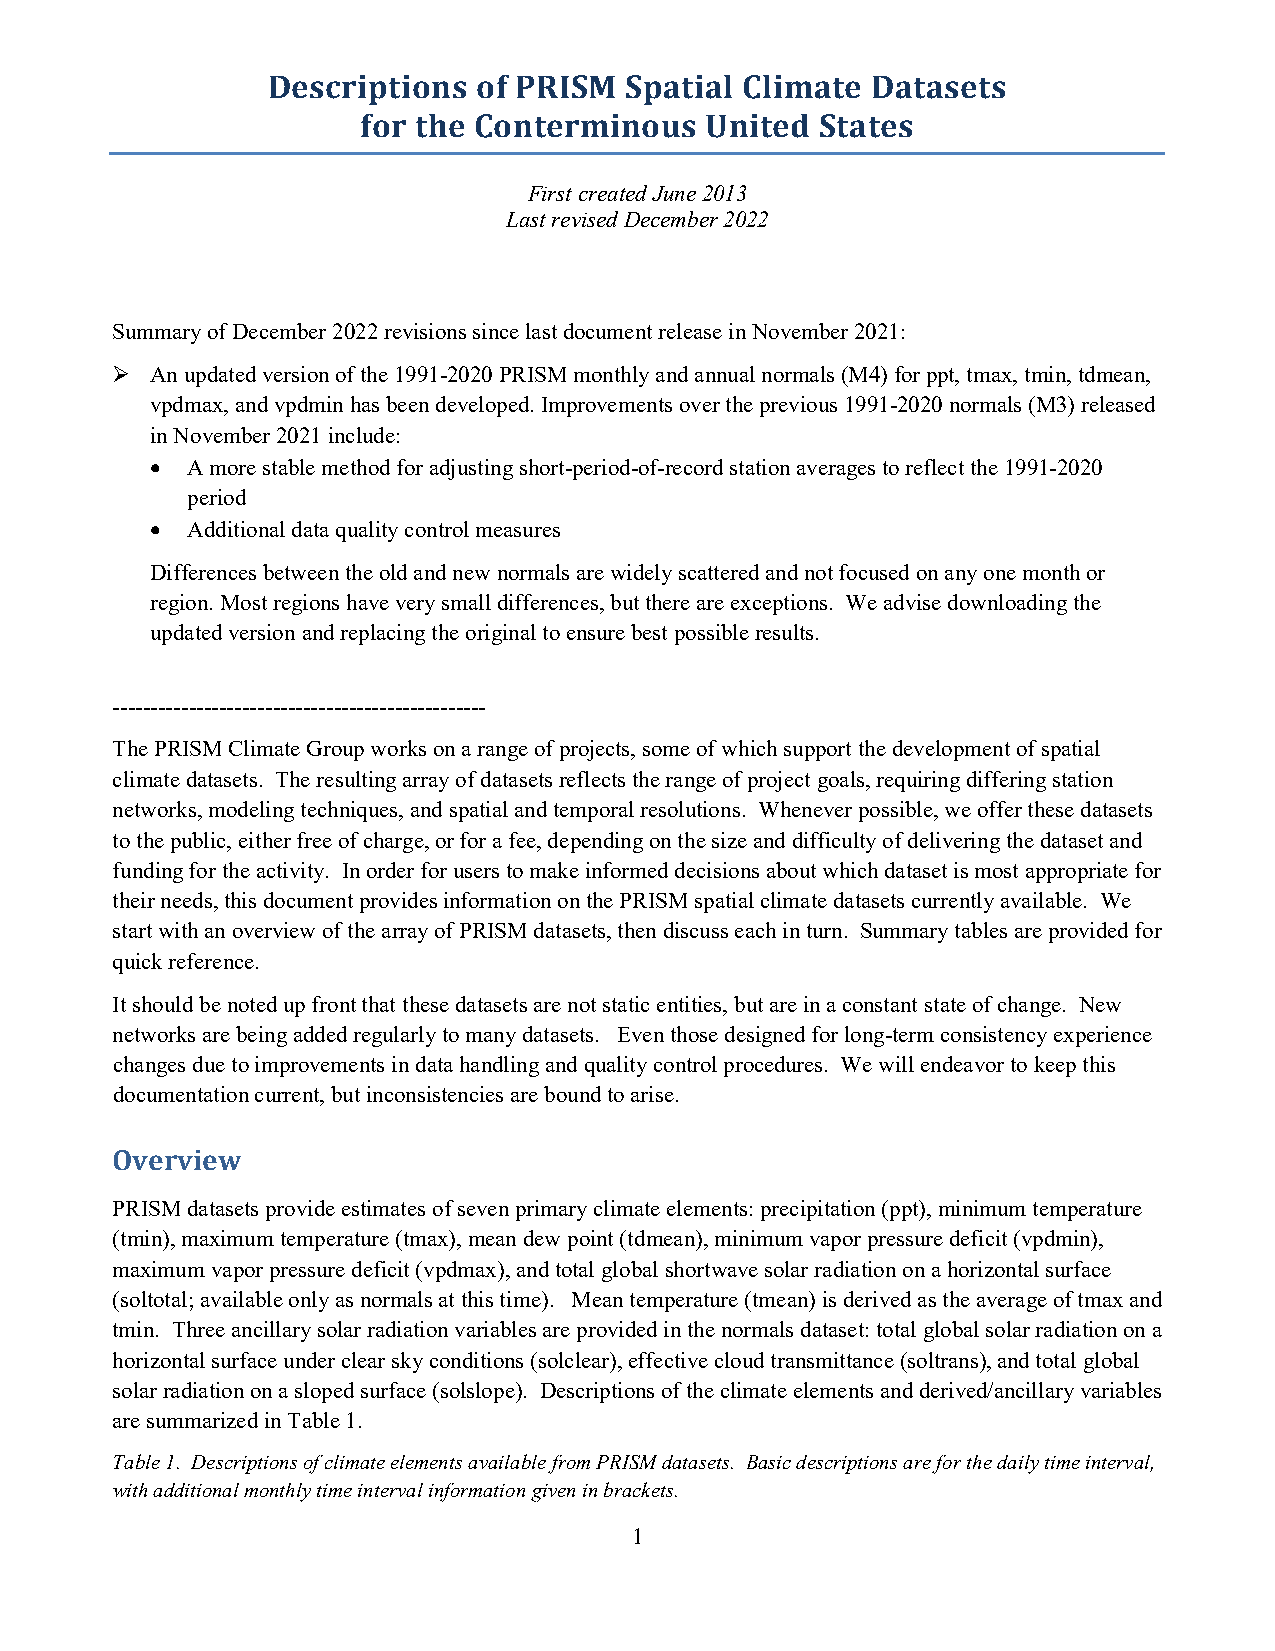
Descriptions  of PRISM Spatial Climate  Datasets
 for the Conterminous   United States
 First created June 2013
 Last revised December 2022
 Summary of December 2022 revisions since last document release in November 2021:
   An updated version of the 1991-2020 PRISM monthly and annual normals (M4) for ppt, tmax, tmin, tdmean,
 vpdmax, and vpdmin has been developed. Improvements over the previous 1991-2020 normals (M3) released
 in November 2021 include:
 • A more stable method for adjusting short-period-of-record station averages to reflect the 1991-2020
 period
 • Additional data quality control measures
 Differences between the old and new normals are widely scattered and not focused on any one month or
 region. Most regions have very small differences, but there are exceptions. We advise downloading the
 updated version and replacing the original to ensure best possible results.
 -------------------------------------------------
 The PRISM Climate Group works on a range of projects, some of which support the development of spatial
 climate datasets. The resulting array of datasets reflects the range of project goals, requiring differing station
 networks, modeling techniques, and spatial and temporal resolutions. Whenever possible, we offer these datasets
 to the public, either free of charge, or for a fee, depending on the size and difficulty of delivering the dataset and
 funding for the activity. In order for users to make informed decisions about which dataset is most appropriate for
 their needs, this document provides information on the PRISM spatial climate datasets currently available. We
 start with an overview of the array of PRISM datasets, then discuss each in turn. Summary tables are provided for
 quick reference.
 It should be noted up front that these datasets are not static entities, but are in a constant state of change. New
 networks are being added regularly to many datasets. Even those designed for long-term consistency experience
 changes due to improvements in data handling and quality control procedures. We will endeavor to keep this
 documentation current, but inconsistencies are bound to arise.
 Overview
 PRISM datasets provide estimates of seven primary climate elements: precipitation (ppt), minimum temperature
 (tmin), maximum temperature (tmax), mean dew point (tdmean), minimum vapor pressure deficit (vpdmin),
 maximum vapor pressure deficit (vpdmax), and total global shortwave solar radiation on a horizontal surface
 (soltotal; available only as normals at this time). Mean temperature (tmean) is derived as the average of tmax and
 tmin. Three ancillary solar radiation variables are provided in the normals dataset: total global solar radiation on a
 horizontal surface under clear sky conditions (solclear), effective cloud transmittance (soltrans), and total global
 solar radiation on a sloped surface (solslope). Descriptions of the climate elements and derived/ancillary variables
 are summarized in Table 1.
 Table 1. Descriptions of climate elements available from PRISM datasets. Basic descriptions are for the daily time interval,
 with additional monthly time interval information given in brackets.
 1